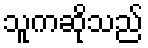
သူကဆိုသည်